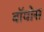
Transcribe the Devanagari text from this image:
बॉयोस